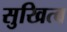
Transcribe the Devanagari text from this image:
सुखित्व